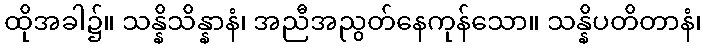
ထိုအခါ၌။ သန္နိသိန္နာနံ၊ အညီအညွတ်နေကုန်သော။ သန္နိပတိတာနံ၊